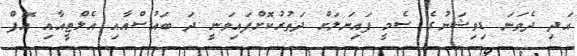
އަދި ދެވަނަ ޑިވިޝަނުގެ ސެމީ ފައިނަލަށް ދަތުރުކޮށްފައިވަނީ ދަ ބައުސްއާއި އެލްޓީއާއި އޮފް